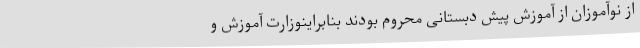
از نوآموزان از آموزش پیش دبستانی محروم بودند بنابراینوزارت آموزش و